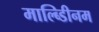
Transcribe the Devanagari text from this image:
माल्ब्डिीनम